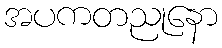
အပကတညုနော